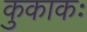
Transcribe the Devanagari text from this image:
कुकाकः